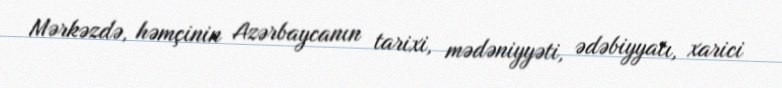
Mərkəzdə, həmçinin Azərbaycanın tarixi, mədəniyyəti, ədəbiyyatı, xarici